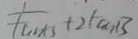
\frac { 1 } { \tan _ { B } } + 2 \tan _ { B }